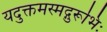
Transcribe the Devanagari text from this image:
यदुक्तमस्मद्गुरूभिः